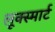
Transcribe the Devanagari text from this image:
लूक्स्मार्ट